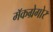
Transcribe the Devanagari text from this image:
मॅकग्रेगोर